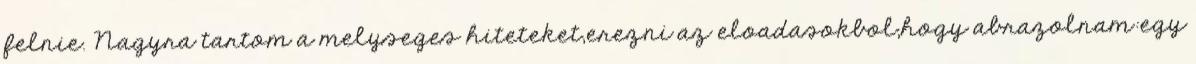
felnie. Nagyra tartom a melyseges hiteteket,erezni az eloadasokbol,hogy abrazolnam:egy